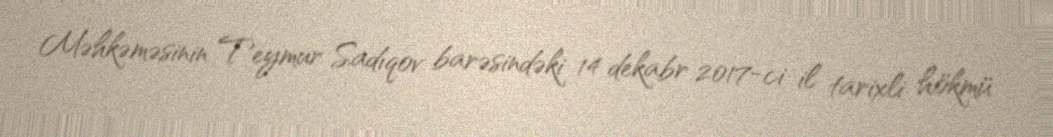
Məhkəməsinin Teymur Sadıqov barəsindəki 14 dekabr 2017-ci il tarixli hökmü